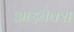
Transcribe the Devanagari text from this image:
आइबैक्स